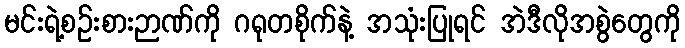
မင်းရဲ့စဉ်းစားဉာဏ်ကို ဂရုတစိုက်နဲ့ အသုံးပြုရင် အဲဒီလိုအစွဲတွေကို